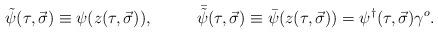
LaTeX: \begin{align*}\tilde \psi (\tau, \vec{\sigma}) \equiv \psi (z(\tau, \vec{\sigma})),~~~~~~~~{\bar {\tilde \psi}} (\tau, \vec{\sigma})\equiv \bar{\psi} (z(\tau, \vec{\sigma}))=\psi^{\dagger}(\tau ,\vec \sigma )\gamma^o.\end{align*}